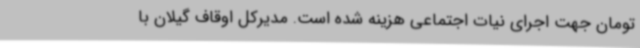
تومان جهت اجرای نیات اجتماعی هزینه شده است. مدیرکل اوقاف گیلان با